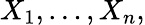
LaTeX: X_{1},\dots,X_{n},